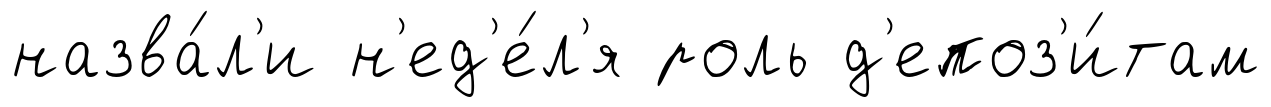
назва́л'и н'ед'е́л'я роль д'епоз'и́там